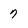
Character: 7